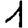
Digit: 1